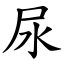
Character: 尿